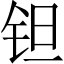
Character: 钽